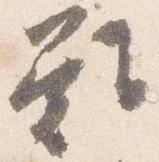
難